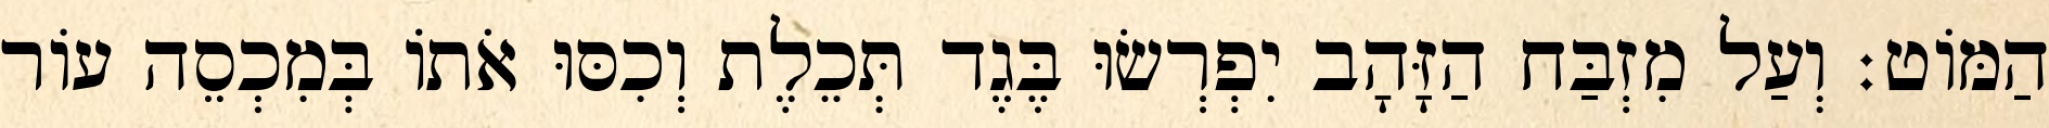
הַמּוֹט׃ וְעַל מִזְבַּח הַזָּהָב יִפְרְשׂוּ בֶּגֶד תְּכֵלֶת וְכִסּוּ אֹתוֹ בְּמִכְסֵה עוֹר